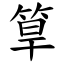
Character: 筸